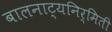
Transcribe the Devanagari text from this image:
बालनाट्यनिर्मिती